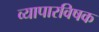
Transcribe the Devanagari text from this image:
व्यापारविषक